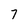
Character: 7